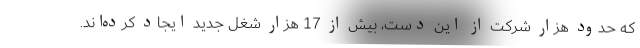
که حدود هزار شرکت از این دست، بیش از 17 هزار شغل جدید ایجاد کرده‌اند.